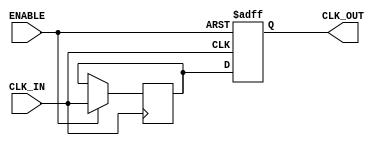
module ClockBuffer (
    input wire CLK_IN,      // Input clock signal
    input wire ENABLE,      // Enable signal for power management
    output reg CLK_OUT      // Buffered clock output signal
);

// Internal signal for buffering
reg buffered_clk;

// Buffering mechanism with minimal propagation delay
always @(posedge CLK_IN or negedge ENABLE) begin
    if (!ENABLE) begin
        // When disabled, output is held low or can be set to a defined state
        CLK_OUT <= 1'b0; // or 1'bz for high-impedance state
    end else begin
        // Buffer the input clock signal
        buffered_clk <= CLK_IN;
        CLK_OUT <= buffered_clk;
    end
end

endmodule